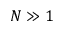
N \gg 1